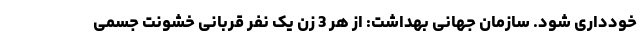
خودداری شود. سازمان جهانی بهداشت: از هر 3 زن یک نفر قربانی خشونت جسمی